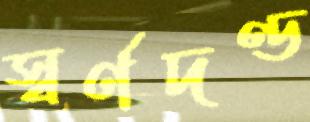
স্বর্ণদণ্ড